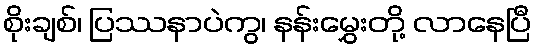
စိုးချစ်၊ ပြဿနာပဲကွ၊ နန်းမွှေးတို့ လာနေပြီ